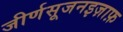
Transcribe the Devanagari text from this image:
जीर्णसूजनइज़ाफ़